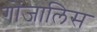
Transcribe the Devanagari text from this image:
गोंजालिस